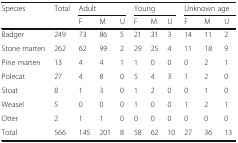
<table><thead><tr><td><b>Species</b></td><td><b>Total</b></td><td colspan="3"><b>Adult</b></td><td colspan="3"><b>Young</b></td><td colspan="3"><b>Unknown age</b></td></tr><tr><td></td><td></td><td><b>F</b></td><td><b>M</b></td><td><b>U</b></td><td><b>F</b></td><td><b>M</b></td><td><b>U</b></td><td><b>F</b></td><td><b>M</b></td><td><b>U</b></td></tr></thead><tbody><tr><td>Badger</td><td>249</td><td>73</td><td>86</td><td>5</td><td>21</td><td>31</td><td>3</td><td>14</td><td>11</td><td>2</td></tr><tr><td>Stone marten</td><td>262</td><td>62</td><td>99</td><td>2</td><td>29</td><td>25</td><td>4</td><td>11</td><td>18</td><td>9</td></tr><tr><td>Pine marten</td><td>13</td><td>4</td><td>4</td><td>1</td><td>1</td><td>0</td><td>0</td><td>0</td><td>2</td><td>1</td></tr><tr><td>Polecat</td><td>27</td><td>4</td><td>8</td><td>0</td><td>5</td><td>4</td><td>3</td><td>1</td><td>2</td><td>0</td></tr><tr><td>Stoat</td><td>8</td><td>1</td><td>3</td><td>0</td><td>1</td><td>2</td><td>0</td><td>0</td><td>1</td><td>0</td></tr><tr><td>Weasel</td><td>5</td><td>0</td><td>0</td><td>0</td><td>1</td><td>0</td><td>0</td><td>1</td><td>2</td><td>1</td></tr><tr><td>Otter</td><td>2</td><td>1</td><td>1</td><td>0</td><td>0</td><td>0</td><td>0</td><td>0</td><td>0</td><td>0</td></tr><tr><td>Total</td><td>566</td><td>145</td><td>201</td><td>8</td><td>58</td><td>62</td><td>10</td><td>27</td><td>36</td><td>13</td></tr></tbody></table>